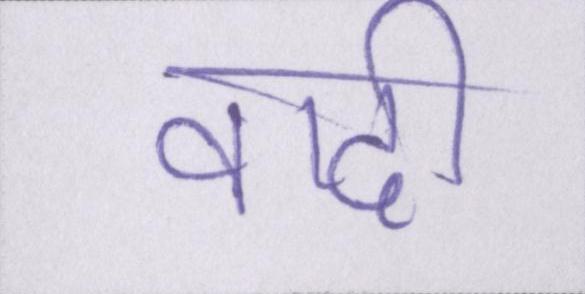
वादी